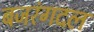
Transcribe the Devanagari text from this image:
बजरंगदल